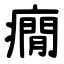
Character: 癇